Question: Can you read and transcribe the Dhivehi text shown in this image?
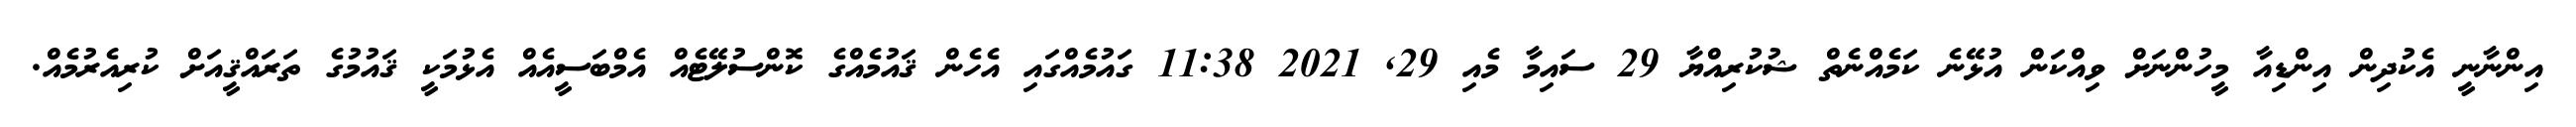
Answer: އިންނާނީ އެކުދިން އިންޑިއާ މީހުންނަށް ވިއްކަން އުޅޭނެ ކަމެއްނެތް ޝުކުރިއްޔާ 29 ސައިމާ މެއި 29, 2021 11:38 ގައުމެއްގައި އެހެން ޤައުމެއްގެ ކޮންސުލޭޓެއް އެމްބަސީއެއް އެޅުމަކީ ޤައުމުގެ ތަރައްޤީއަށް ކުރިއެރުމެއް.